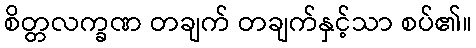
စိတ္တလက္ခဏ တချက် တချက်နှင့်သာ စပ်၏။